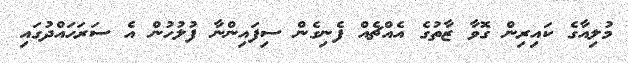
މުލިއާގެ ކައިރިން ގޮވާ ޒާތުގެ އެއްޗެއް ފެނިގެން ސިފައިންނާ ފުލުހުން އެ ސަރަހައްދުގައި